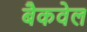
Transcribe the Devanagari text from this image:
बैकवेल